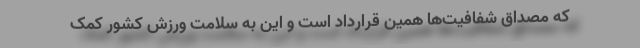
که مصداق شفافیت‌ها همین قرارداد است و این به سلامت ورزش کشور کمک